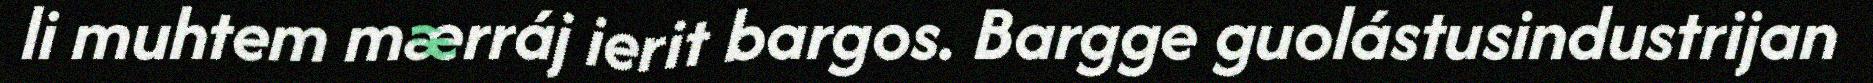
li muhtem mærráj ierit bargos. Bargge guolástusindustrijan